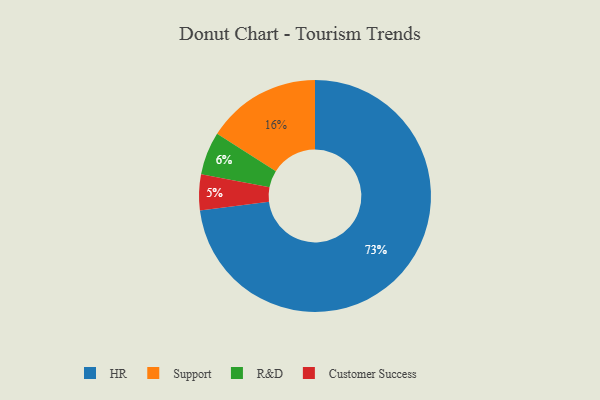
{"axis": {"x": "Category", "y": "Percentage"}, "legend": ["Customer Success", "HR", "R&D", "Support"], "data": [{"x": "R&D", "y": 6, "type": "R&D"}, {"x": "Customer Success", "y": 5, "type": "Customer Success"}, {"x": "Support", "y": 16, "type": "Support"}, {"x": "HR", "y": 73, "type": "HR"}]}